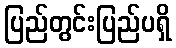
ပြည်တွင်းပြည်ပရှိ